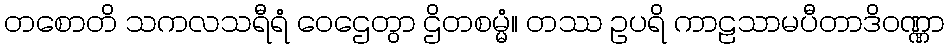
တစောတိ သကလသရီရံ ဝေဌေတွာ ဌိတစမ္မံ။ တဿ ဥပရိ ကာဠသာမပီတာဒိဝဏ္ဏာ